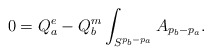
\begin{align*}0=Q^e_a- Q^m_b \int_{S^{p_b-p_a}}A_{p_b-p_a}.\end{align*}